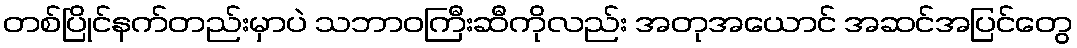
တစ်ပြိုင်နက်တည်းမှာပဲ သဘာဝကြီးဆီကိုလည်း အတုအယောင် အဆင်အပြင်တွေ